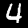
Label: 4